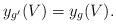
LaTeX: \begin{align*}y_{g'}(V) = y_g(V).\end{align*}